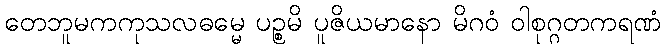
တေဘူမကကုသလဓမ္မေ ပဉ္စမိ ပူဇိယမာနော မိဂဝံ ဝါစုဂ္ဂတကရဏံ